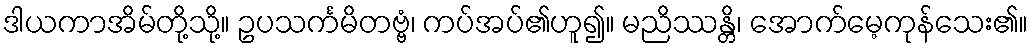
ဒါယကာအိမ်တို့သို့။ ဥပသင်္ကမိတဗ္ဗံ၊ ကပ်အပ်၏ဟူ၍။ မညိဿန္တိ၊ အောက်မေ့ကုန်သေး၏။